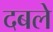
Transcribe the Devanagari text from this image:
दबले